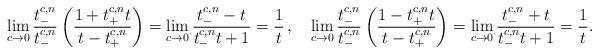
LaTeX: \begin{align*} \lim_{c\to 0}\frac{t_-^{c,n}}{t_-^{c,n}}\left(\frac{1+t_{+}^{c, n}t}{t-t_{+}^{c, n}}\right)= \lim_{c\to 0}\frac{t_-^{c,n}-t}{t_-^{c,n}t+1}=\frac{1}{t}\,, \quad\lim_{c\to 0}\frac{t_-^{c,n}}{t_-^{c,n}}\left(\frac{1-t_{+}^{c, n}t}{t-t_{+}^{c, n}}\right)=\lim_{c\to 0}\frac{t_-^{c,n}+t}{t_-^{c,n}t+1}=\frac{1}{t}.\end{align*}